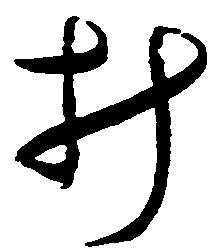
み